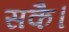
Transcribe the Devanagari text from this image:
सकै।